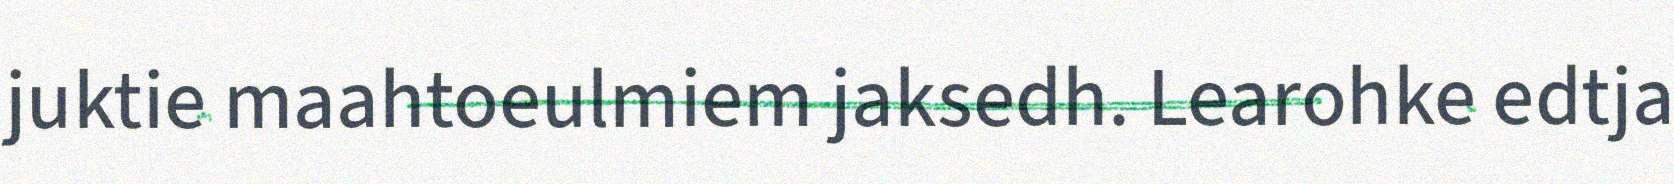
juktie maahtoeulmiem jaksedh. Learohke edtja